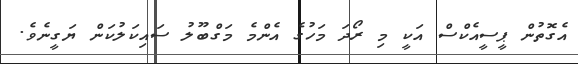
އެގޮތުން ޕީސީއެކްސް އަކީ މި ރޯދަ މަހުގެ އެންމެ މަގްބޫލު ސައިކަލުކަން ޔަގީނެވެ.